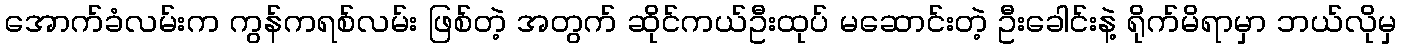
အောက်ခံလမ်းက ကွန်ကရစ်လမ်း ဖြစ်တဲ့ အတွက် ဆိုင်ကယ်ဦးထုပ် မဆောင်းတဲ့ ဦးခေါင်းနဲ့ ရိုက်မိရာမှာ ဘယ်လိုမှ